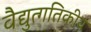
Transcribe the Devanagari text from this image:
वैद्युत्गतिकीय